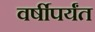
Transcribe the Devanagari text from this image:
वर्षीपर्यंत